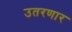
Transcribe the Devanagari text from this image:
उतरणार